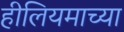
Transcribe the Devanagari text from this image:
हीलियमाच्या